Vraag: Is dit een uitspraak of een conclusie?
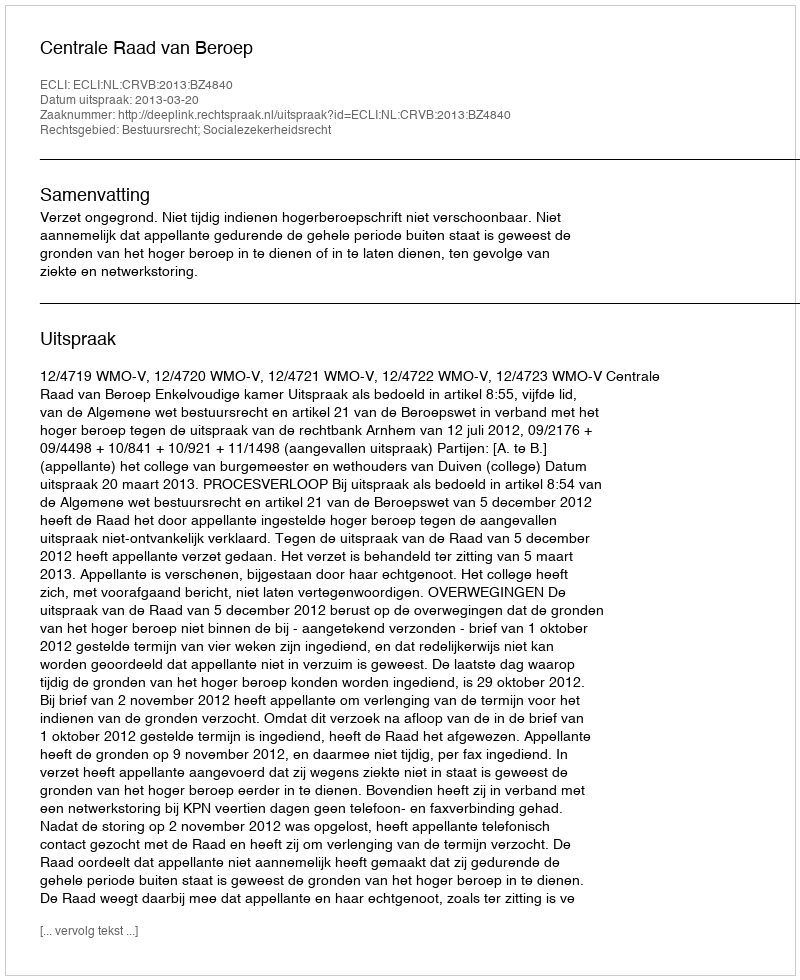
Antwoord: Uitspraak